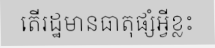
តើរដ្ឋមានធាតុផ្សំអ្វីខ្លះ